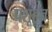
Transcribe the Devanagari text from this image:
पशूहून